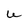
Character: U